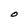
Character: o